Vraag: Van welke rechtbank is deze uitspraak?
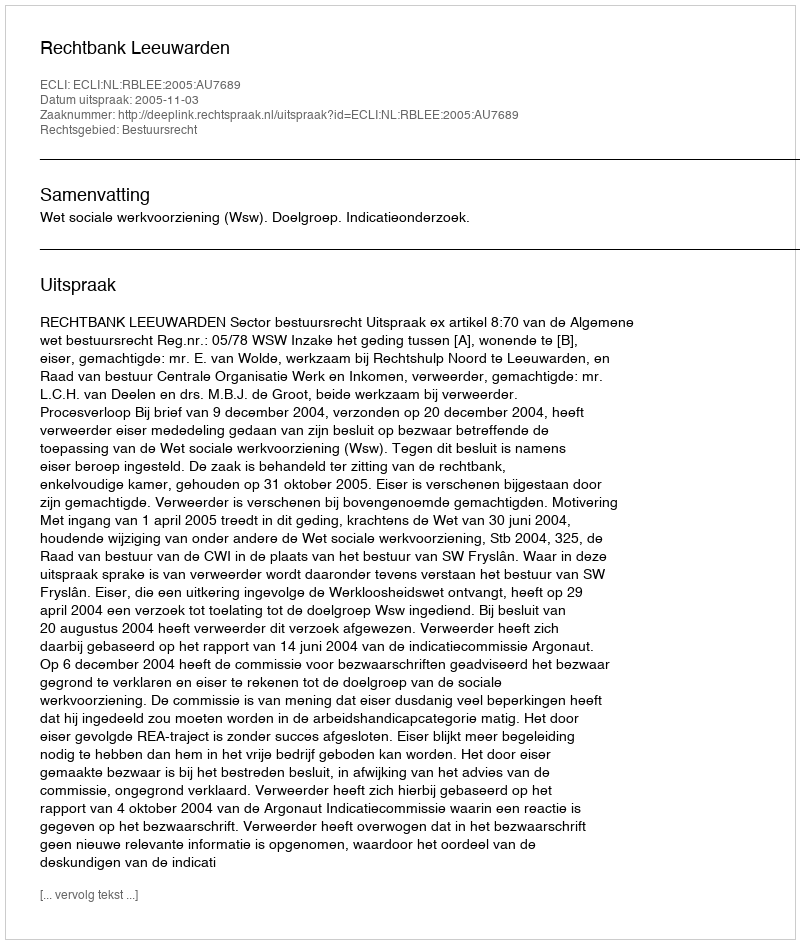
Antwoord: Rechtbank Leeuwarden